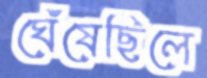
ঘেঁষেছিলে